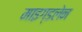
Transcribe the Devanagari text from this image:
माइग्डलेन